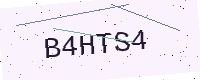
Text: B4HTS4